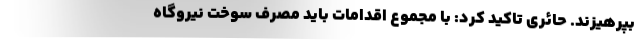
بپرهیزند. حائری تاکید کرد: با مجموع اقدامات باید مصرف سوخت نیروگاه